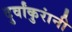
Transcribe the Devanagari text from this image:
दुर्वांकुरांनी